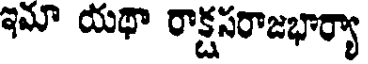
ఇమా యథా రాక్షసరాజభార్యా